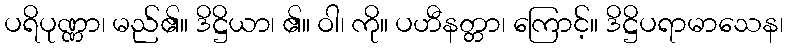
ပရိပုဏ္ဏာ၊ မည်၏။ ဒိဋ္ဌိယာ၊ ၏။ ဝါ၊ ကို။ ပဟီနတ္တာ၊ ကြောင့်။ ဒိဋ္ဌိပရာမာသေန၊